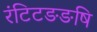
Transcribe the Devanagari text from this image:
रंटिटङङषि